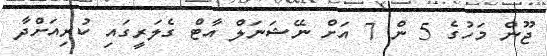
ޖޫން މަހުގެ 5 ން 7 އަށް ނޭޝަނަލް އާޓް ގެލަރީގައި ކުރިއަށްދާ